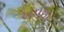
અમથા